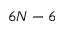
6 N - 6